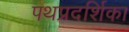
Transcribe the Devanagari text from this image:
पथप्रदर्शिका